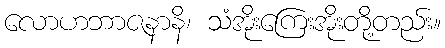
လောဟဘာဇနာနိ၊ သံအိုးကြေးအိုးတို့တည်း။